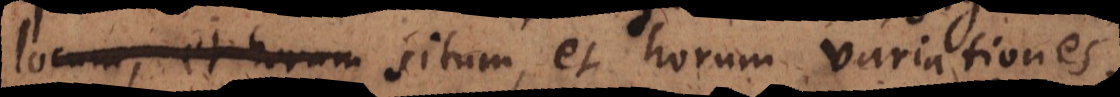
locum, et horum situm, et horum variationes,